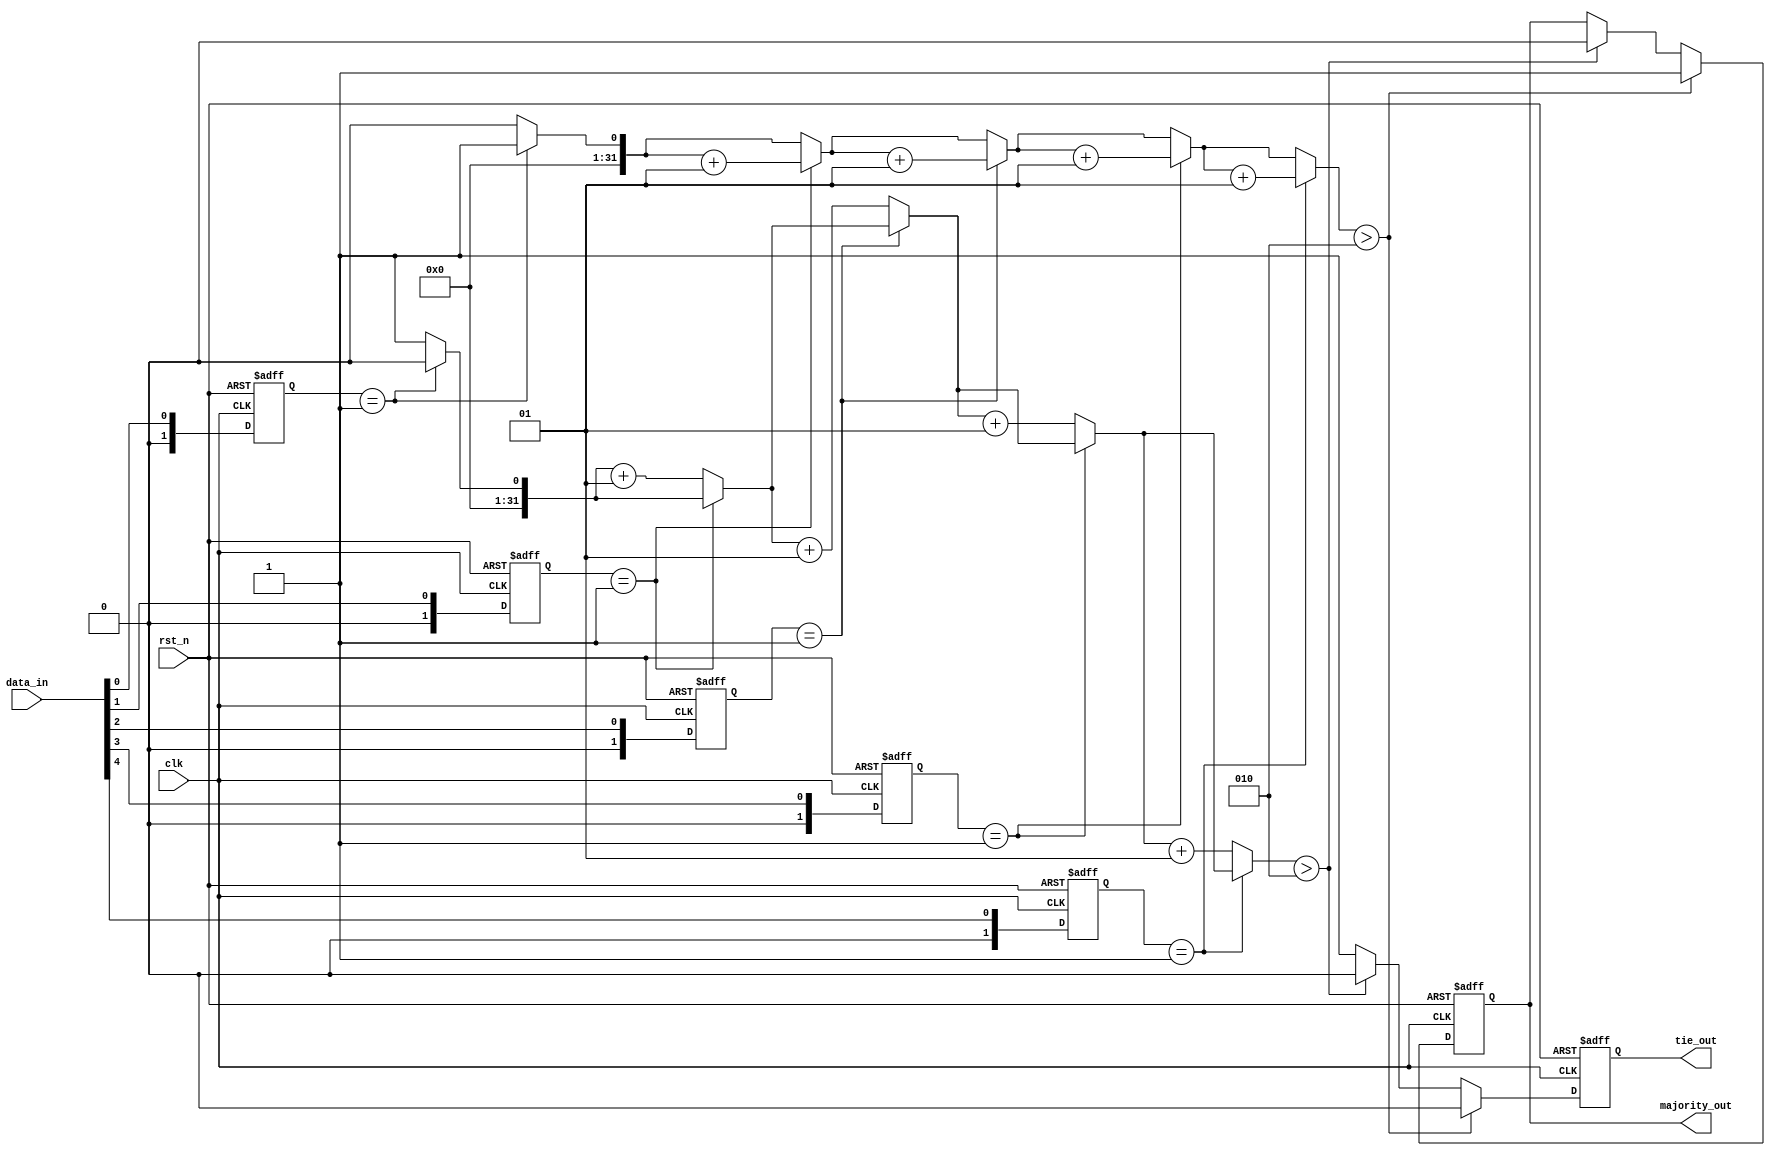
module majority_voting_detector #(
    parameter NUM_INPUTS = 5  // Change this to 3, 5, or 7 as needed
)(
    input  wire               clk,            // Clock signal
    input  wire               rst_n,          // Active low reset
    input  wire [NUM_INPUTS-1:0] data_in,     // Input signals
    output reg                majority_out,    // Majority output
    output reg                tie_out         // Tie output
);

    // Memory to store input signals
    reg [1:0] memory [0:NUM_INPUTS-1];

    // Majority voting logic
    integer i;
    integer count_1, count_0;
    
    // Always block to sample the input signals on clock edges
    always @(posedge clk or negedge rst_n) begin
        if (!rst_n) begin
            // Reset memory on reset signal
            for (i = 0; i < NUM_INPUTS; i = i + 1) begin
                memory[i] <= 2'b00; // Initialize memory to 0
            end
            majority_out <= 0;
            tie_out <= 0;
        end else begin
            // Store input signals in memory blocks
            for (i = 0; i < NUM_INPUTS; i = i + 1) begin
                memory[i] <= data_in[i];
            end
            
            // Voting logic
            count_1 = 0;
            count_0 = 0;
            for (i = 0; i < NUM_INPUTS; i = i + 1) begin
                if (memory[i] == 1'b1) begin
                    count_1 = count_1 + 1;
                end else begin
                    count_0 = count_0 + 1;
                end
            end
            
            // Determine the majority value and if there is a tie
            if (count_1 > (NUM_INPUTS / 2)) begin
                majority_out <= 1'b1;
                tie_out <= 1'b0;
            end else if (count_0 > (NUM_INPUTS / 2)) begin
                majority_out <= 1'b0;
                tie_out <= 1'b0;
            end else begin
                tie_out <= 1'b1; // Tie occurs when count_0 == count_1 (for even NUM_INPUTS)
            end
        end
    end
endmodule